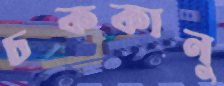
চককানু